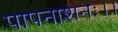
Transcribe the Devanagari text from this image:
पापनाशनः।।